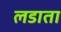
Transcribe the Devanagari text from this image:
लडाता